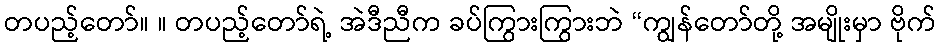
တပည့်တော်။ ။ တပည့်တော်ရဲ့ အဲဒီညီက ခပ်ကြွားကြွားဘဲ “ကျွန်တော်တို့ အမျိုးမှာ ဗိုက်